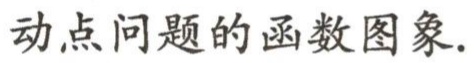
动点问题的函数图象.